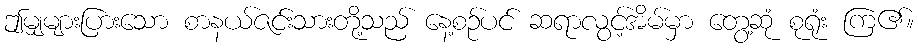
ဤမျှများပြားသော စာနယ်ဇင်းသားတို့သည် နေ့စဉ်ပင် ဆရာလွင့်အိမ်မှာ တွေ့ဆုံ စုရုံး ကြ၏။